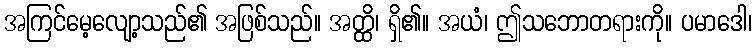
အကြင်မေ့လျော့သည်၏ အဖြစ်သည်။ အတ္ထိ၊ ရှိ၏။ အယံ၊ ဤသဘောတရားကို။ ပမာဒေါ၊